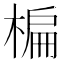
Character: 楄